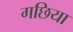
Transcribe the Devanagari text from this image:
गछिया